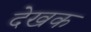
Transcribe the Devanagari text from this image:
देखक